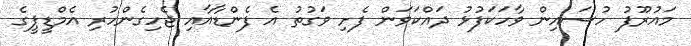
މައުރޫފު ހުސައިން ވާހަކަފުޅު ދައްކަވަން ފެށި ވަގުތު އެ ފެންޑާއާއި ޖެހިގެންހުރި އެމްޑީޕީގެ